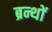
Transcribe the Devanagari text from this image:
ब्रन्थों